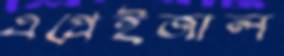
এপ্রেইজাল